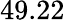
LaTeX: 49.22